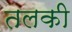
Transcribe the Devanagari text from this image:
तलकी